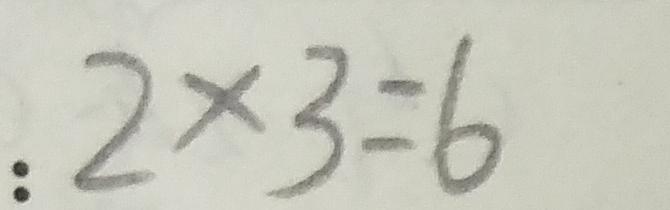
: 2 \times 3 = 6